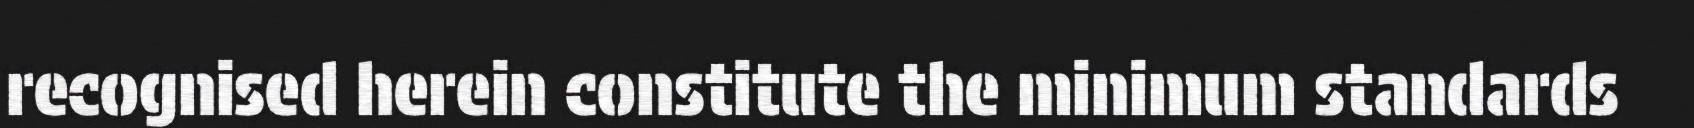
recognised herein constitute the minimum standards